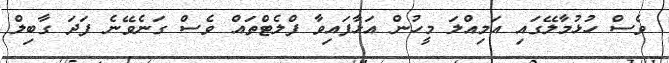
ވެސް ހުޅުމާލޭގައި އަމިއްލަ މީހުން އަޅާފައިވާ ފްލެޓްތައް ވެސް ގަނެވޭނެ ފަދަ ގާބިލް